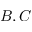
B , C